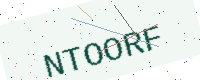
Text: NTOORF